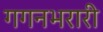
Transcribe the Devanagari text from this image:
गगनभरारी